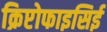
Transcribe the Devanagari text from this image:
क्रिप्टोफाइसिई